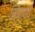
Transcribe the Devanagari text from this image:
सिंचाकडे